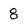
Character: 8